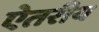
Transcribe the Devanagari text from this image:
ऐतरीय